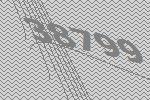
38799